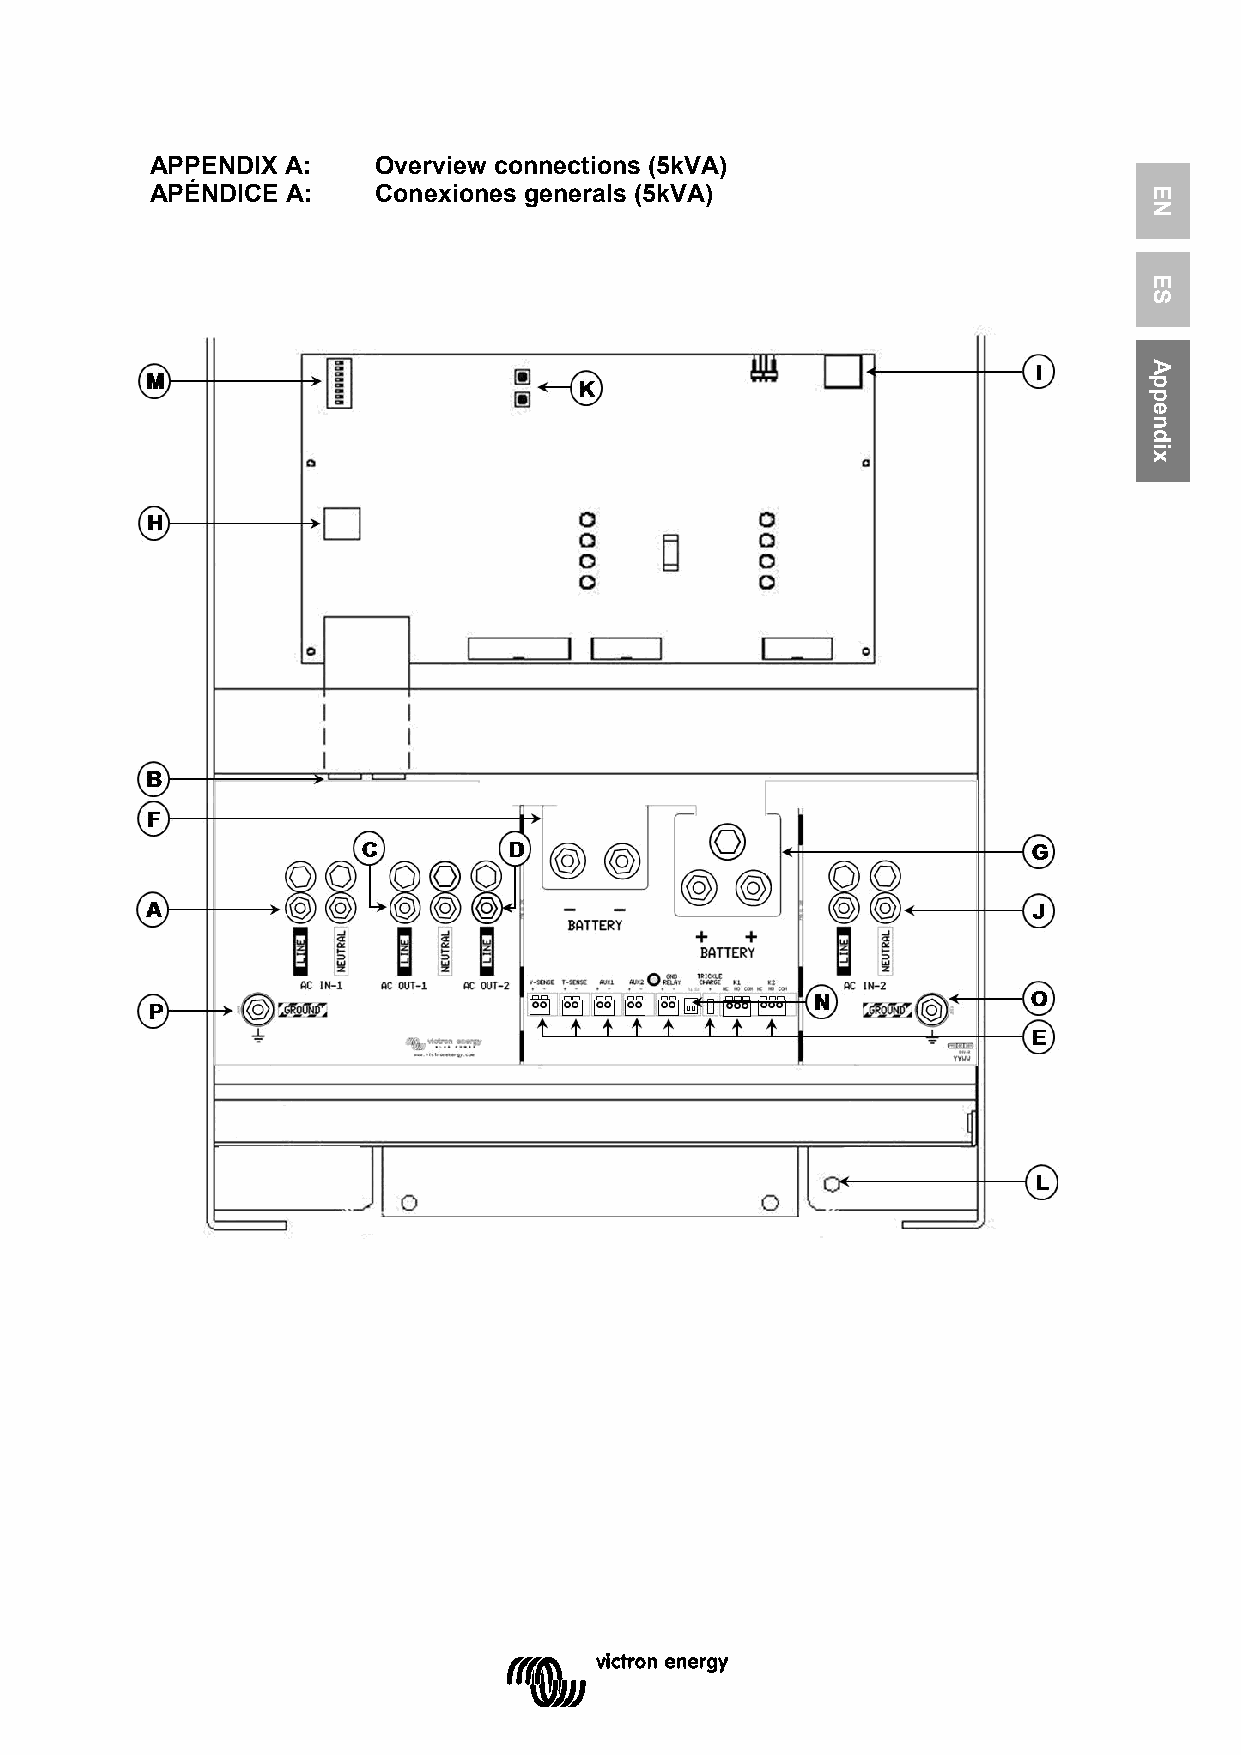
APPENDIX A:    Overview connections (5kVA)
 APÉNDICE A:    Conexiones generals (5kVA)                         EN
 ES
 Appendix